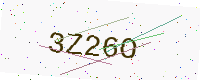
Text: 3Z26O